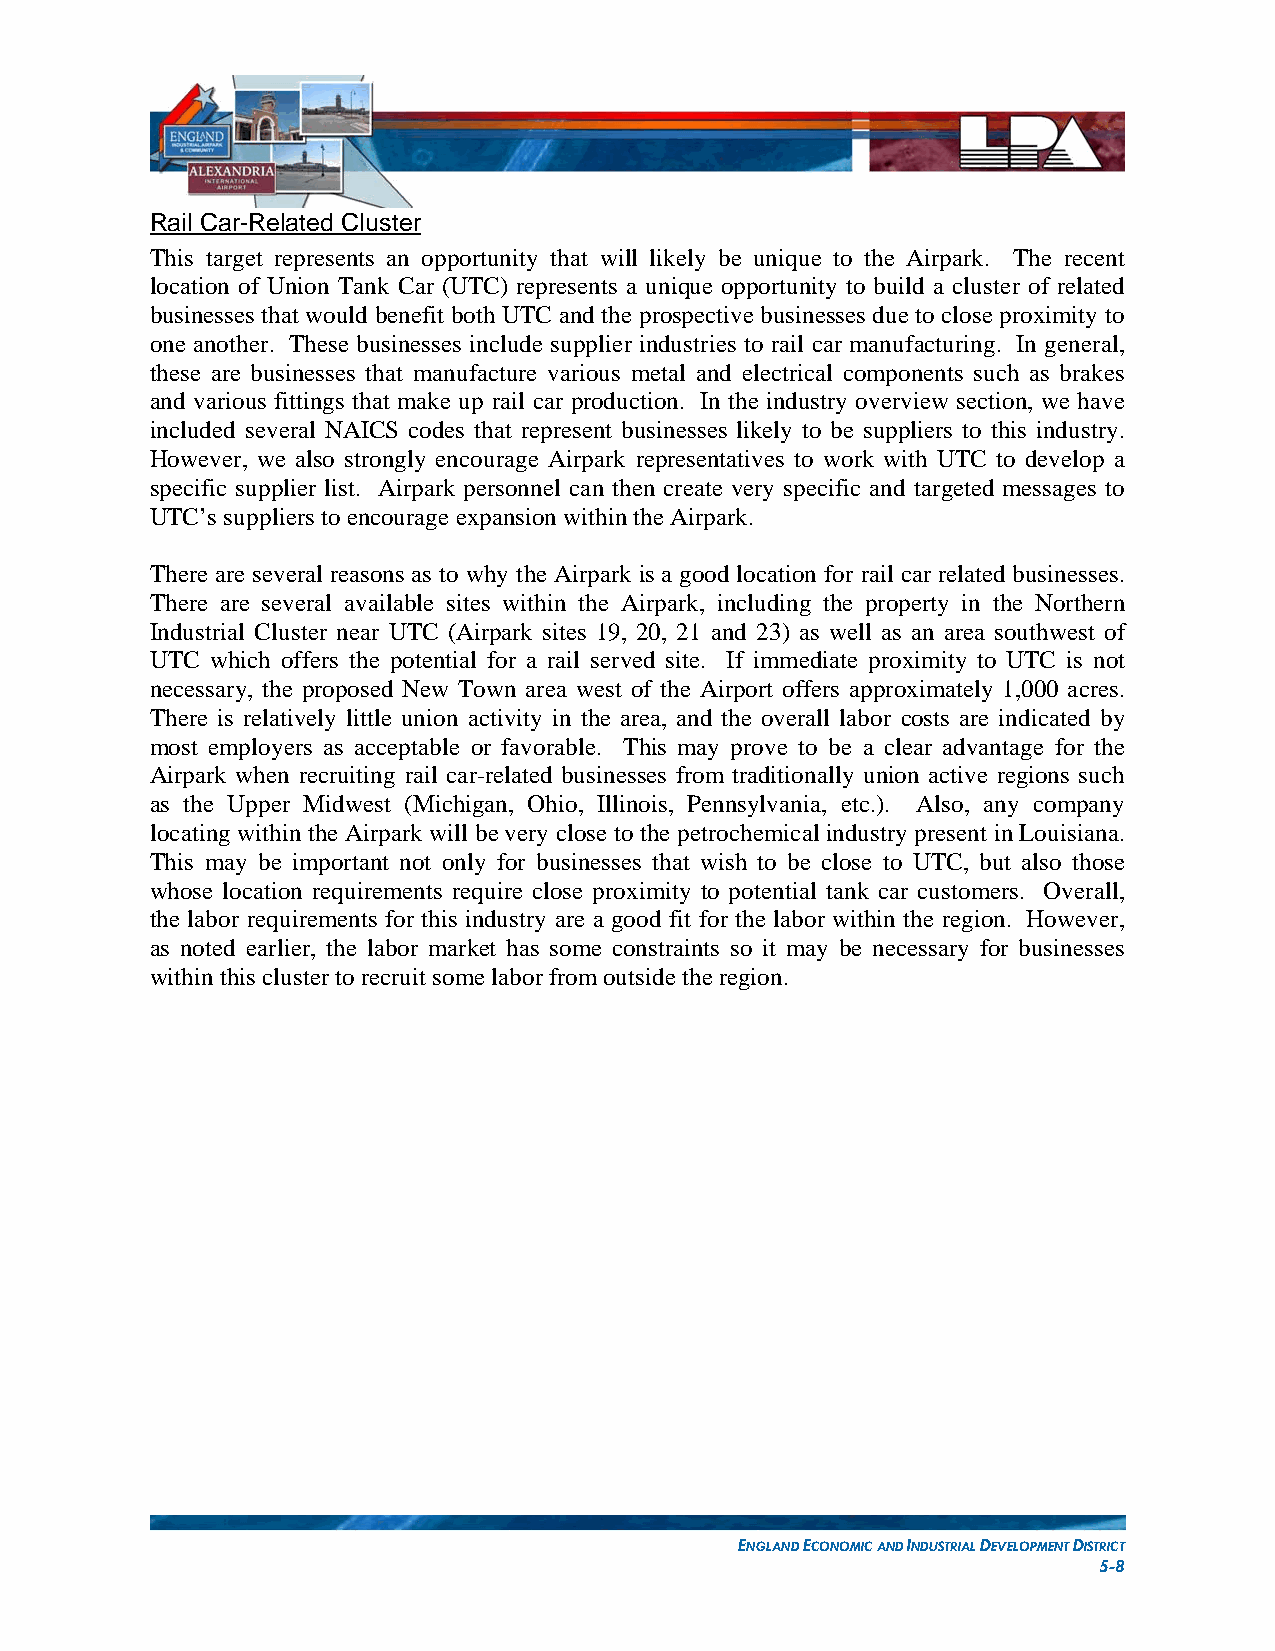
Rail Car-Related Cluster
 This target represents an opportunity that will likely be unique to the Airpark. The recent
 location of Union Tank Car (UTC) represents a unique opportunity to build a cluster of related
 businesses that would benefit both UTC and the prospective businesses due to close proximity to
 one another. These businesses include supplier industries to rail car manufacturing. In general,
 these are businesses that manufacture various metal and electrical components such as brakes
 and various fittings that make up rail car production. In the industry overview section, we have
 included several NAICS codes that represent businesses likely to be suppliers to this industry.
 However, we also strongly encourage Airpark representatives to work with UTC to develop a
 specific supplier list. Airpark personnel can then create very specific and targeted messages to
 UTC’s suppliers to encourage expansion within the Airpark.
 There are several reasons as to why the Airpark is a good location for rail car related businesses.
 There are several available sites within the Airpark, including the property in the Northern
 Industrial Cluster near UTC (Airpark sites 19, 20, 21 and 23) as well as an area southwest of
 UTC which offers the potential for a rail served site. If immediate proximity to UTC is not
 necessary, the proposed New Town area west of the Airport offers approximately 1,000 acres.
 There is relatively little union activity in the area, and the overall labor costs are indicated by
 most employers as acceptable or favorable. This may prove to be a clear advantage for the
 Airpark when recruiting rail car-related businesses from traditionally union active regions such
 as the Upper Midwest (Michigan, Ohio, Illinois, Pennsylvania, etc.). Also, any company
 locating within the Airpark will be very close to the petrochemical industry present in Louisiana.
 This may be important not only for businesses that wish to be close to UTC, but also those
 whose location requirements require close proximity to potential tank car customers. Overall,
 the labor requirements for this industry are a good fit for the labor within the region. However,
 as noted earlier, the labor market has some constraints so it may be necessary for businesses
 within this cluster to recruit some labor from outside the region.
 ENGLAND ECONOMIC AND INDUSTRIAL DEVELOPMENT DISTRICT
 5-8